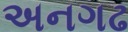
અનગઢ